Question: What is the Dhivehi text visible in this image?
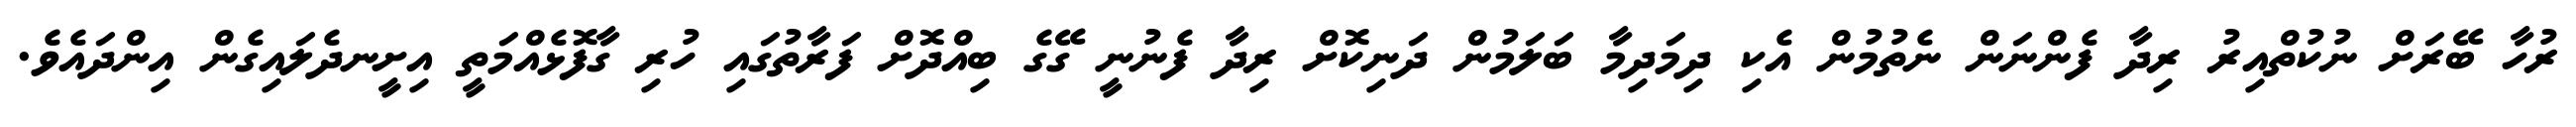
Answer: ރުހާ ބޭރަށް ނުކުތްއިރު ރިދާ ފެންނަން ނެތުމުން އެކި ދިމަދިމާ ބަލަމުން ދަނިކޮށް ރިދާ ފެނުނީ ގޭގެ ބިއްދޮށް ފަރާތުގައި ހުރި ގާފޮޅެއްމަތީ އިށީނދެލައިގެން އިންދައެވެ.